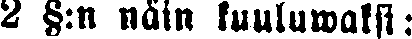
2 §:n näin kuuluwaksi: